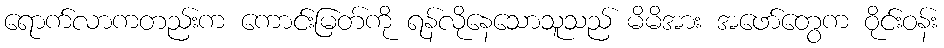
ရောက်လာကတည်းက ကောင်းမြတ်ကို ရန်လိုနေသောသူသည် မိမိအား အဖော်တွေက ဝိုင်းဝန်း